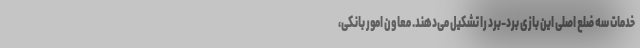
خدمات سه ضلع اصلی این بازی برد-برد را تشکیل می‌دهند. معاون امور بانکی،